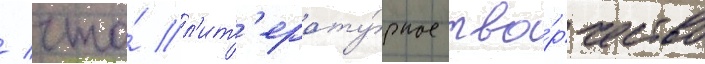
/ что́ л'ит'ерату́рное тво́рчество